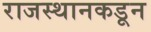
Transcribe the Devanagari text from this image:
राजस्थानकडून